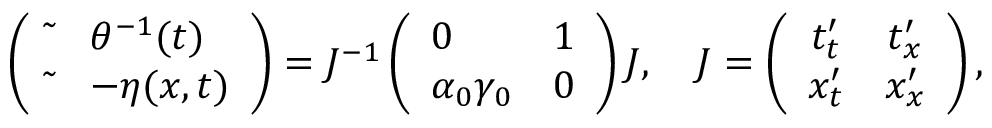
\left( \begin{array} { l l } { \tilde { } } & { \theta ^ { - 1 } ( t ) } \\ { \tilde { } } & { - \eta ( x , t ) } \end{array} \right) = J ^ { - 1 } \left( \begin{array} { l l } { 0 } & { 1 } \\ { \alpha _ { 0 } \gamma _ { 0 } } & { 0 } \end{array} \right) J , \quad J = \left( \begin{array} { c c } { t _ { t } ^ { \prime } } & { t _ { x } ^ { \prime } } \\ { x _ { t } ^ { \prime } } & { x _ { x } ^ { \prime } } \end{array} \right) ,